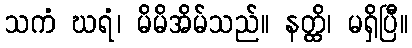
သကံ ဃရံ၊ မိမိအိမ်သည်။ နတ္ထိ၊ မရှိပြီ။